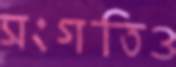
সংগতিও